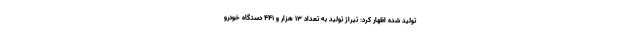
تولید شده اظهار کرد: تیراژ تولید به تعداد ۱۳ هزار و ۴۴۱ دستگاه خودرو